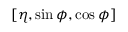
[ \eta , \sin { \phi } , \cos { \phi } ]